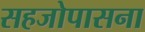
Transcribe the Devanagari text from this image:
सहजोपासना